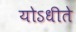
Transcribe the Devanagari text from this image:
योऽधीते